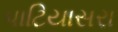
પાટિયાસરા